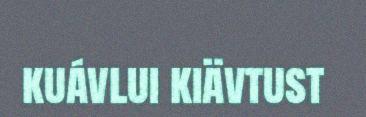
kuávlui kiävtust